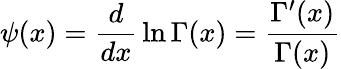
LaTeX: \psi(x)={\frac{d}{dx}}\ln\Gamma(x)={\frac{\Gamma^{\prime}(x)}{\Gamma(x)}}